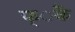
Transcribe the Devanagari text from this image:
फ्ैंक